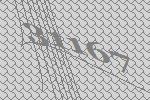
31167